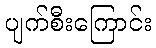
ပျက်စီးကြောင်း